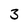
Character: 3